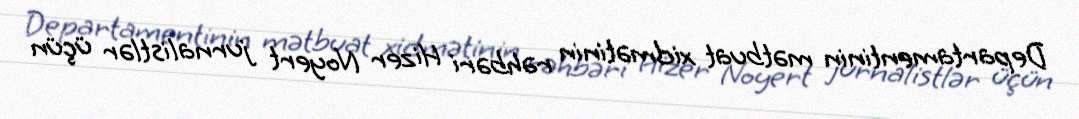
Departamentinin mətbuat xidmətinin rəhbəri Hizer Noyert jurnalistlər üçün